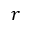
r